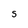
Character: S